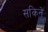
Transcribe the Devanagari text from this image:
सकिने